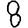
Digit: 8